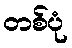
တစ်ပုံ